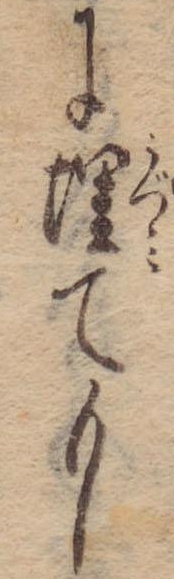
に埋てもし